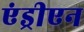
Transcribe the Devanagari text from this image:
एंड्रीएन